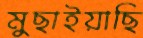
মুছাইয়াছি